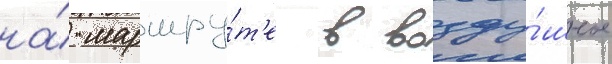
на́ маршру́т'е в возду́шное